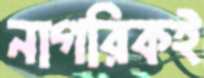
নাগরিকই